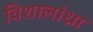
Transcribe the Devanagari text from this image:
विशालांध्रा